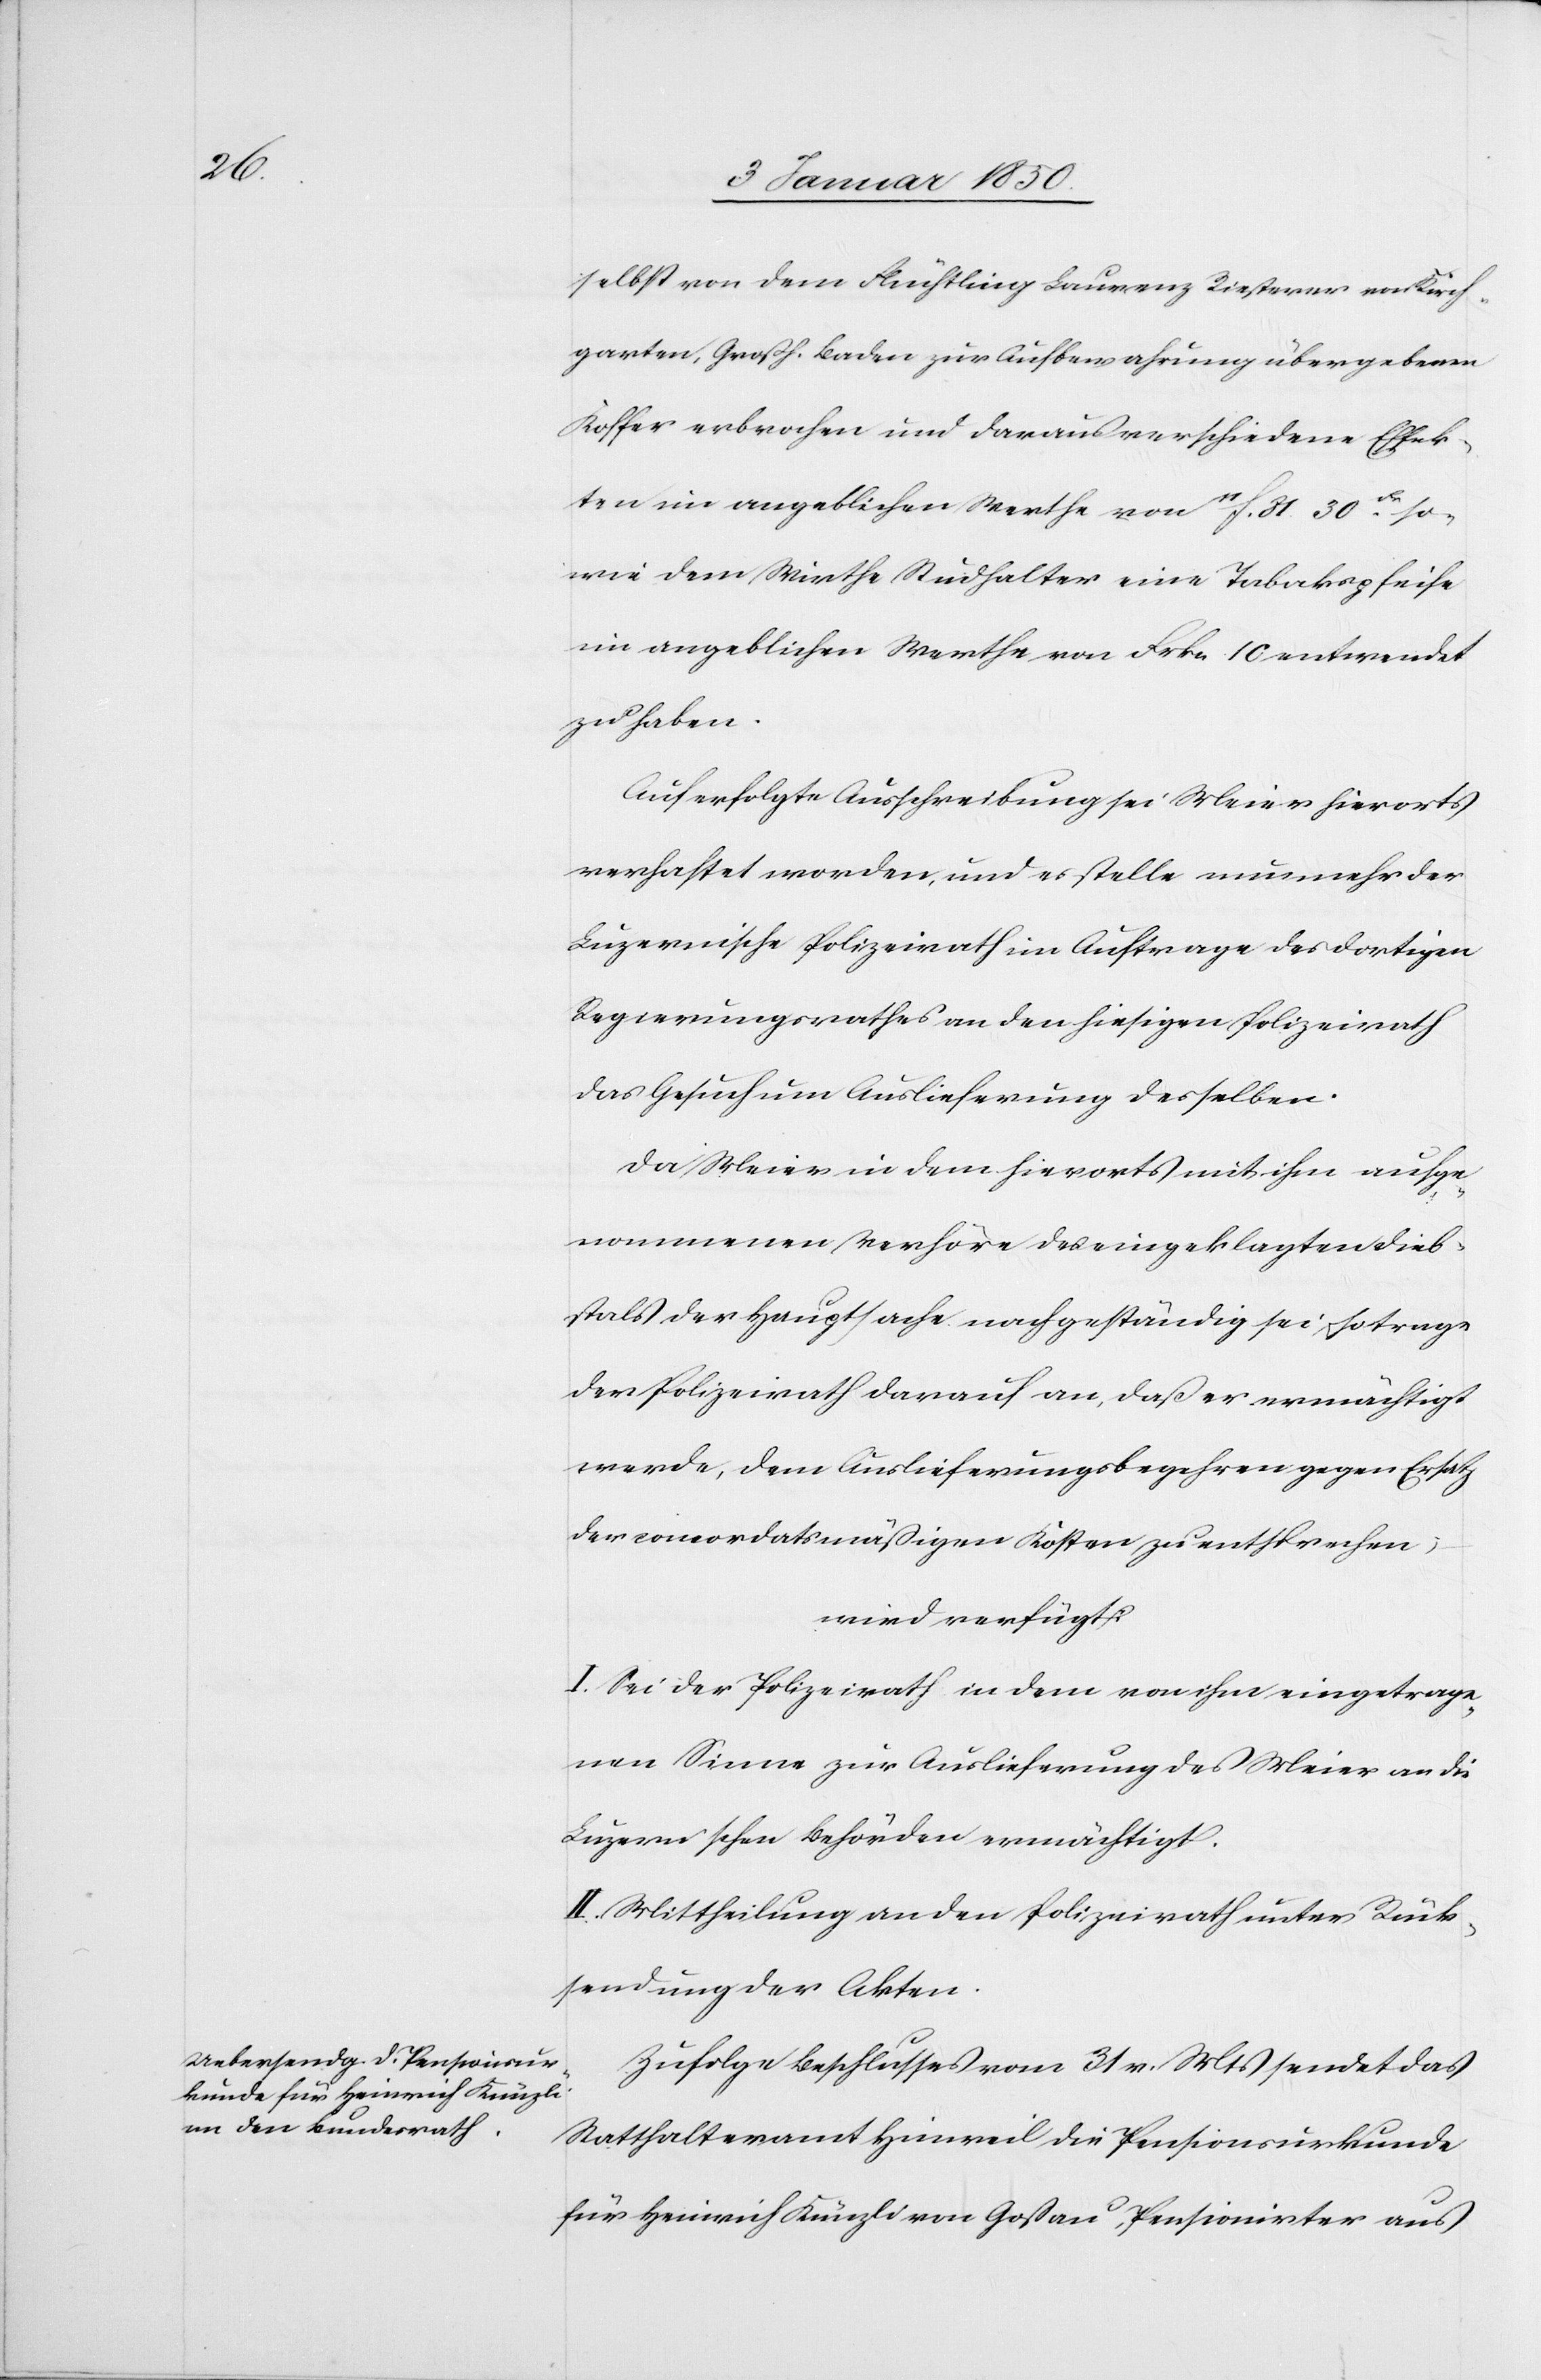
8 Januar 1850.]
selbst von dem Flüchtling Laurenz Riesterer von Kirch¬
garten, Großh. Baden zur Aufbewahrung übergebenen
Koffer erbrochen und daraus verschiedene Effek¬
ten im angeblichen Werthe von 11f. 31. 30. Fr so¬
wie dem Wirthe Studhalter eine Tabakspfeife
im angeblichen Werthe von Frkn 10 entwendet
zu haben.
Auf erfolgte Ausschreibung sei Meier hierorts
verhaftet worden, und es stelle nunmehr der
Luzernische Polizeirath im Auftrage des dortigen
Regierungsrathes an den hiesigen Polizeirath
das Gesuch um Auslieferung desselben.
Da Meier in dem hierorts mit ihm aufge¬
nommenen Verhöre des eingeklagten Dieb¬
stals der Hauptsache nach geständig sei, so trage
der Polizeirath darauf an, daß er ermächtigt
werde, dem Auslieferungsbegehren gegen Ersatz
der concordatsmäßigen Kosten zu entsprechen;
wird verfügt:
I. Sei der Polizeirath in dem von ihm eingetrage¬
nen Sinne zur Auslieferung des Meier an die
Luzerneschen Behörden ermächtigt.
II. Mittheilung an den Polizeirath unter Rück¬
sendung der Akten.
Zufolge Beschlusses vom 31 v. Mts sendet das
Statthalteramt Hinweil die Pensionsurkunde
für Heinrich Künzli von Gossau, Pensionirter aus